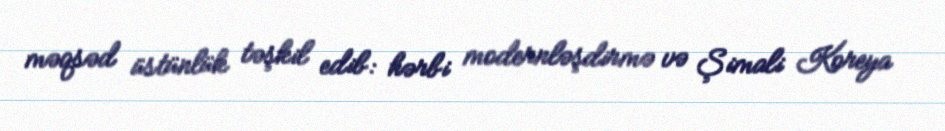
məqsəd üstünlük təşkil edib: hərbi modernləşdirmə və Şimali Koreya